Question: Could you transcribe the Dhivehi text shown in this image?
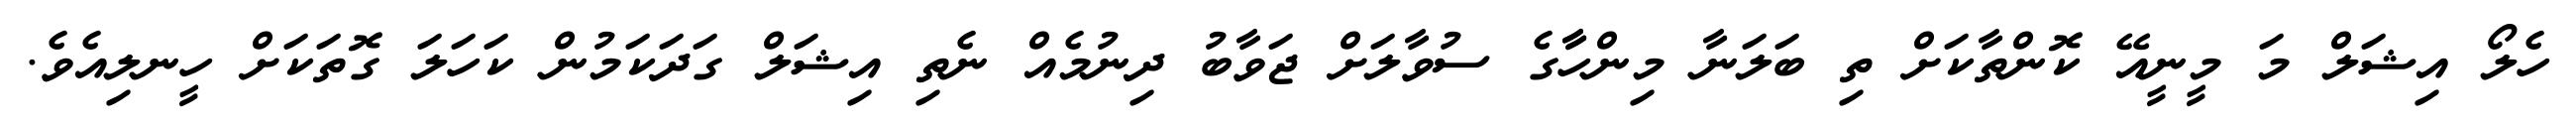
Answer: ހެލޯ އިޝަލް މަ މީނީއޭ ކޮންތާކަށް ތި ބަލަނާ މިންހާާގެ ސުވާލަށް ޖަވާބު ދިނުމެއް ނެތި އިޝަލް ގަދަކަމުން ކަހަލަ ގޮތަކަށް ހީނލިއެވެ.